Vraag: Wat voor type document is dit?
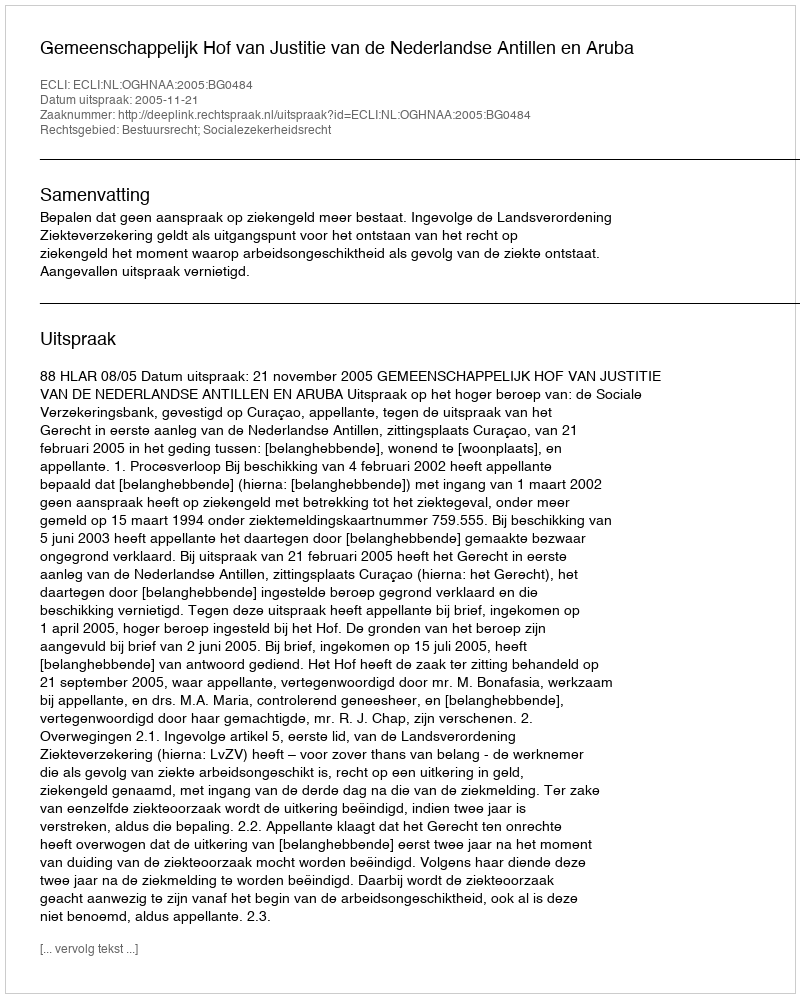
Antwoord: Uitspraak